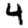
Digit: 4